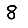
Digit: 8